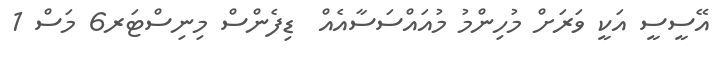
އޭސީސީ އަކީ ވަރަށް މުހިންމު މުއައްސަސާއެއް  ޑިފެންސް މިނިސްޓަރ6 މަސް 1